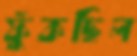
ফুঁকছিল